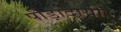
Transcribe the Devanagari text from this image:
पीड़ादायी